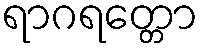
ရာဂရတ္တော